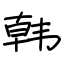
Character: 韩